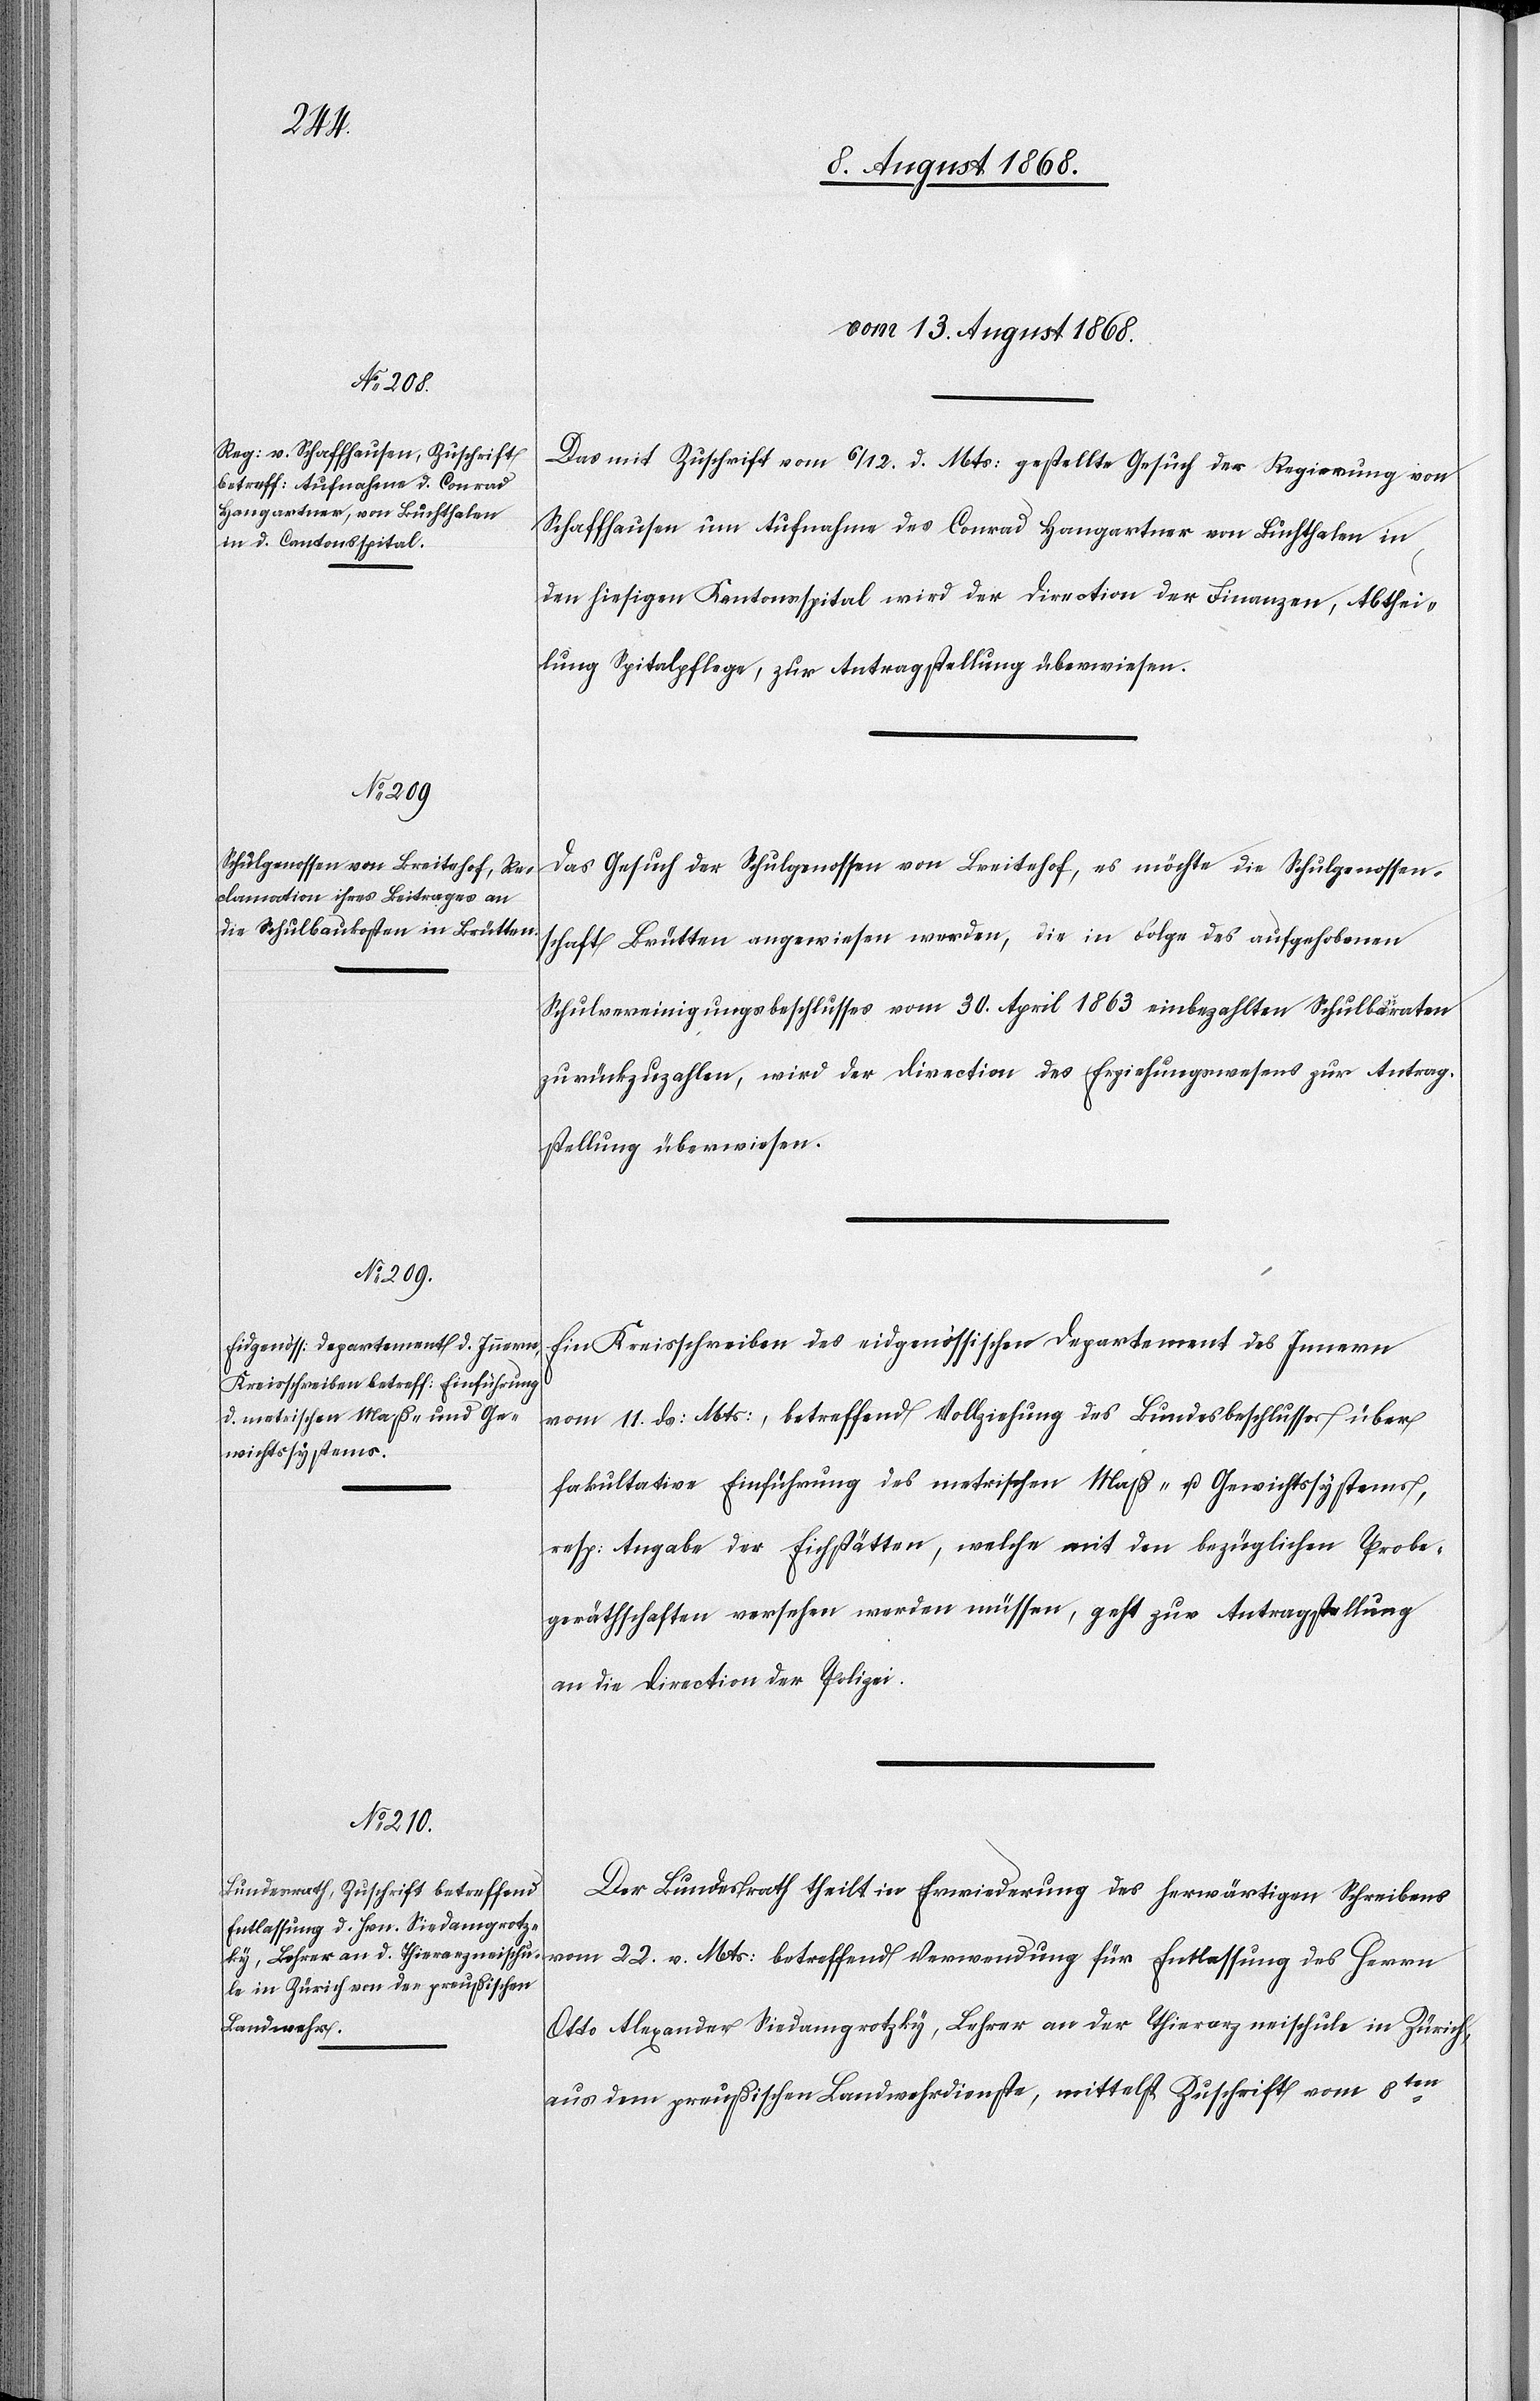
vom 13. August 1868.]
Das mit Zuschrift vom 6/12. d. Mts: gestellte Gesuch der Regierung von
Schaffhausen um Aufnahme des Conrad Hangartner von Buchthalen in
den hiesigen Kantonsspital wird der Direction der Finanzen, Abthei¬
lung Spitalpflege, zur Antragstellung überwiesen.
Das Gesuch der Schulgenossen von Breitehof, es möchte die Schulgenossen¬
schaft Brütten angewiesen werden, die in Folge des aufgehobenen
Schulvereinigungsbeschlusses vom 30. April 1863 einbezahlten Schulbauraten
zurückzuzahlen, wird der Direction des Erziehungswesens zur Antrag¬
stellung überwiesen.
Ein Kreisschreiben des eidgenössischen Departement des Innern
vom 11. ds: Mts:, betreffend Vollziehung des Bundesbeschlusses über
fakultative Einführung des metrischen Maß- u. Gewichtssystems,
resp: Angabe der Eichstätten, welche mit den bezüglichen Probe¬
geräthschaften versehen werden müssen, geht zur Antragstellung
an die Direction der Polizei.
Der Bundesrath theilt in Erwiederung des herwärtigen Schreibens
vom 22. v. Mts: betreffend Verwendung für Entlassung des Herrn
Otto Alexander Siedamgrotzky, Lehrer an der Thierarzneischule in Zürich,
aus dem preußischen Landwehrdienste, mittelst Zuschrift vom 8ten